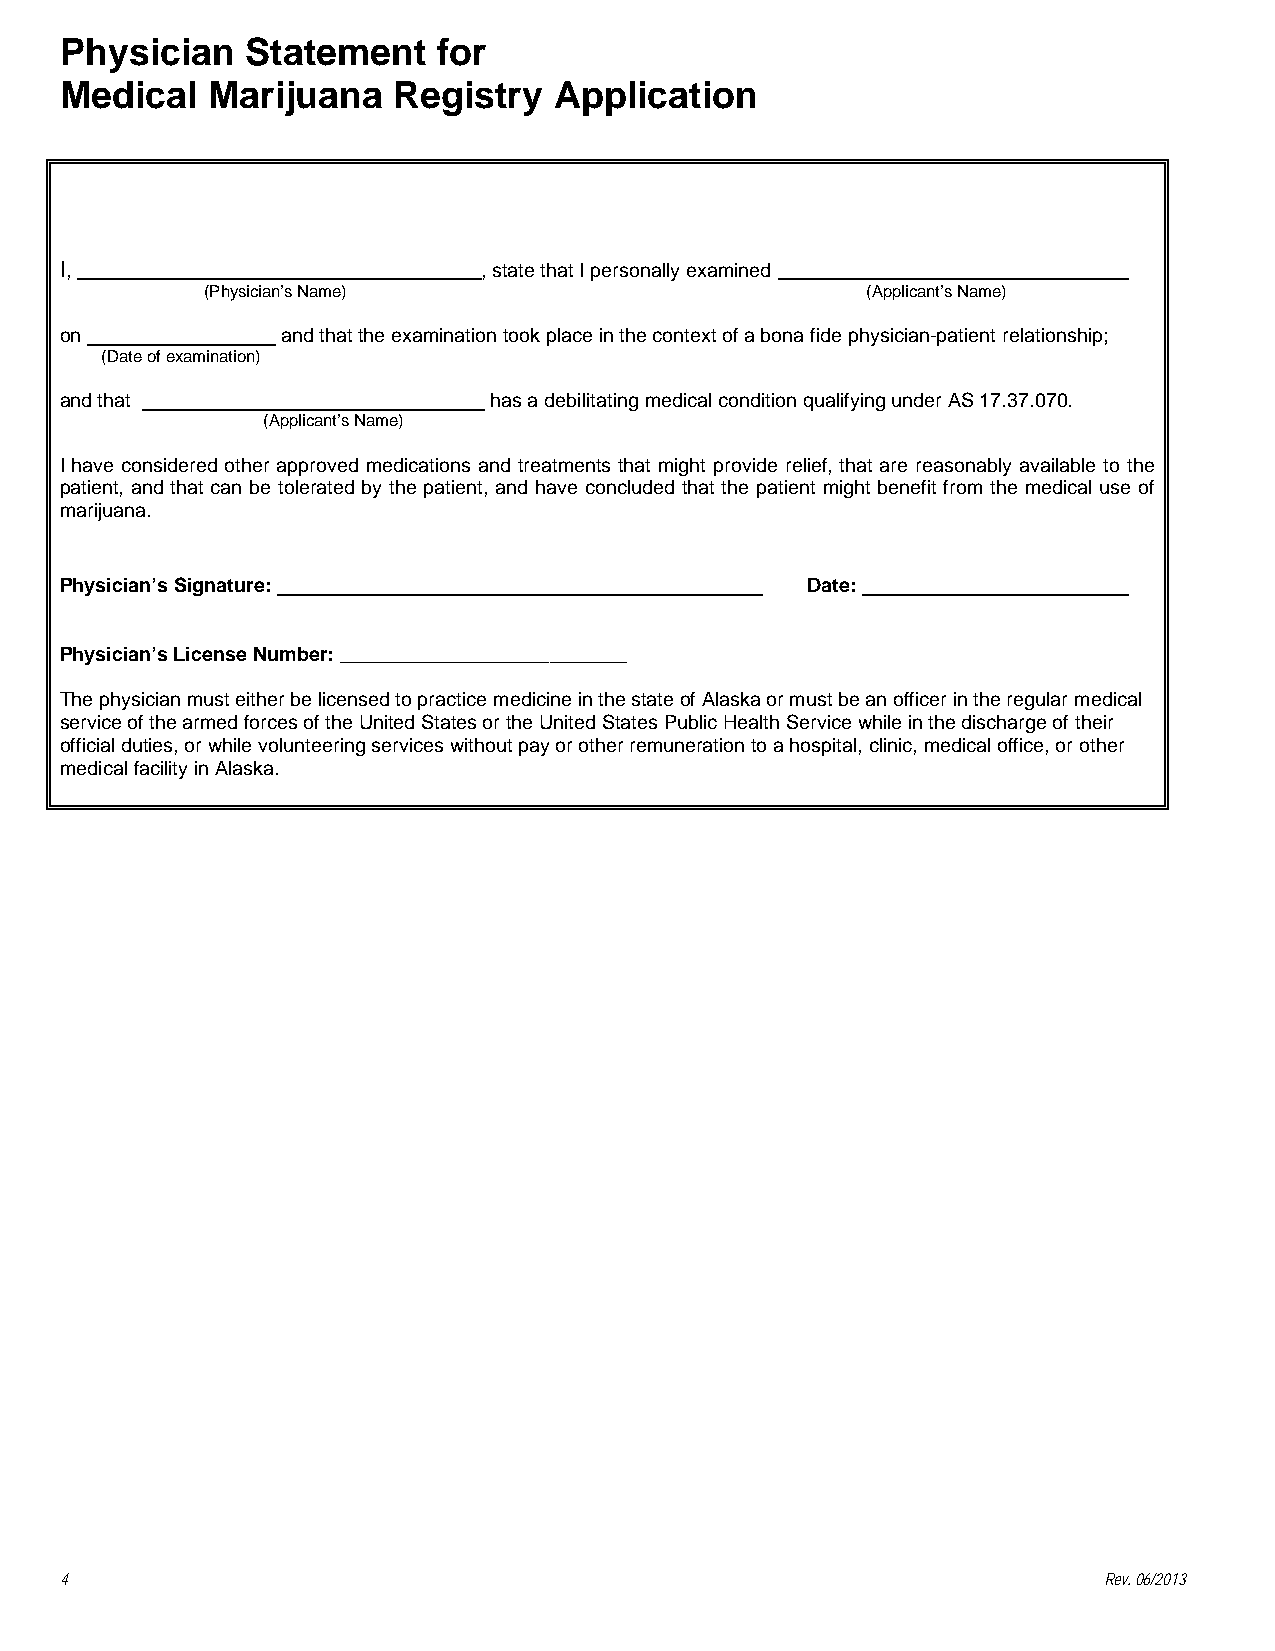
Physician   Statement    for
 Medical   Marijuana   Registry   Application
 I,                          , state that I personally examined
 (Physician’s Name)                          (Applicant’s Name)
 on             and that the examination took place in the context of a bona fide physician-patient relationship;
 (Date of examination)
 and that                    has a debilitating medical condition qualifying under AS 17.37.070.
 (Applicant’s Name)
 I have considered other approved medications and treatments that might provide relief, that are reasonably available to the
 patient, and that can be tolerated by the patient, and have concluded that the patient might benefit from the medical use of
 marijuana.
 Physician’s Signature:                           Date:
 Physician’s License Number: __________________________
 The physician must either be licensed to practice medicine in the state of Alaska or must be an officer in the regular medical
 service of the armed forces of the United States or the United States Public Health Service while in the discharge of their
 official duties, or while volunteering services without pay or other remuneration to a hospital, clinic, medical office, or other
 medical facility in Alaska.
 4                                                                    Rev. 06/2013